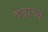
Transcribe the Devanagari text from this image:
वद्राचा